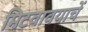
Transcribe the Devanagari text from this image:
मिटवावयाचें